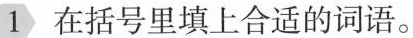
1在括号里填上合适的词语。